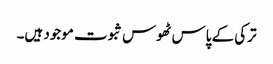
ترکی کے پاس ٹھوس ثبوت موجود ہیں۔